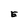
Character: E